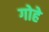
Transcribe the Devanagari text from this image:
गोहे